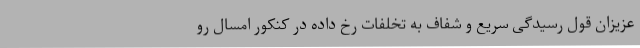
عزیزان قول رسیدگی سریع و شفاف به تخلفات رخ داده در کنکور امسال رو